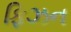
ફિઝન